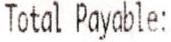
TOTAL PAYABLE: